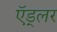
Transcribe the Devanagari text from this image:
ऍड्लर